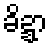
ခိဍ္ဍာ